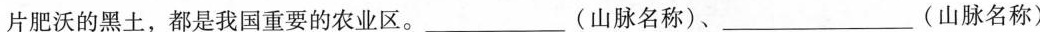
片肥沃的黑土，都是我国重要的农业区。___(山脉名称)、___(山脉名称)